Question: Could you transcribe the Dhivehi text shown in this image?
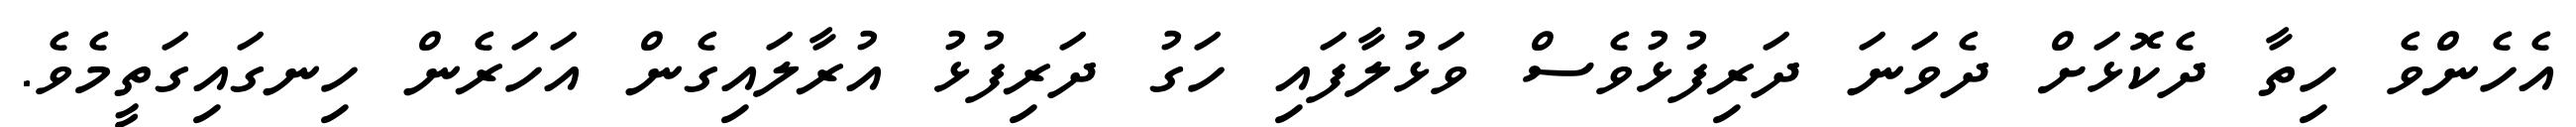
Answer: އެހެންވެ ހިތާ ދެކޮޅަށް ދެވަނަ ދަރިފުޅުވެސް ވަޅުލާފައި ހަގު ދަރިފުޅު އުރާލައިގެން އަހަރެން ހިނގައިގަތީމެވެ.